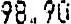
98.90